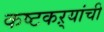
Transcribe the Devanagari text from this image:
कष्टकऱ्यांची